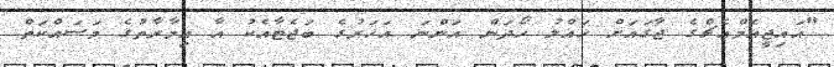
"އައިޖީއެމްއެޗްގެ ޖާގައަށް ހައްލު ހޯދަން އަންނަ އަހަރުގެ ބަޖެޓާއެކު އާ އިމާރާތުގެ މަސައްކަތް